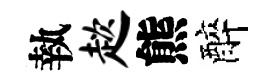
執趑熊醉